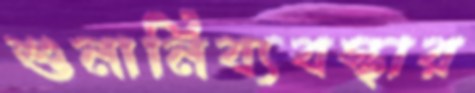
শুনানিব্যবস্থার